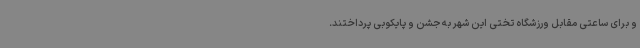
و برای ساعتی مقابل ورزشگاه تختی این شهر به جشن و پایکوبی پرداختند.